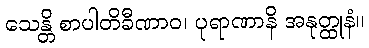
သေန္တိ စာပါတိခီဏာဝ၊ ပုရာဏာနိ အနုတ္ထုနံ။